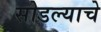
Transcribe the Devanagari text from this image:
सोडल्याचे